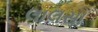
લાલસા